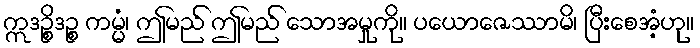
ဣဒဉ္စိဒဉ္စ ကမ္မံ၊ ဤမည် ဤမည် သောအမှုကို။ ပယောဇေဿာမိ၊ ပြီးစေအံ့ဟု။